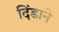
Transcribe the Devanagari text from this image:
दिंडाने